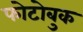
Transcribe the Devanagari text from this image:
फोटोबुक